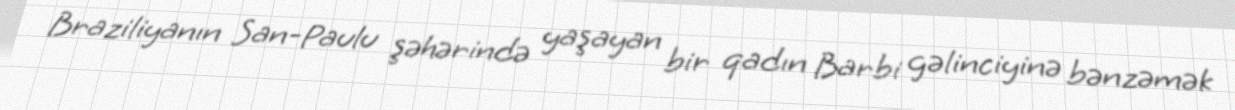
Braziliyanın San-Paulu şəhərində yaşayan bir qadın Barbi gəlinciyinə bənzəmək